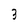
Character: 3